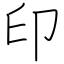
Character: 印